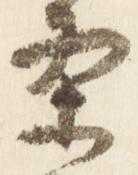
条